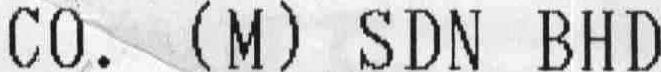
CO. (M) SDN BHD